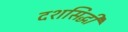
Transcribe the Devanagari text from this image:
दशसिद्धी